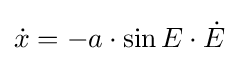
{\dot {x}}=-a\cdot \sin E\cdot {\dot {E}}